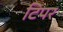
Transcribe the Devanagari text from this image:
टिपर